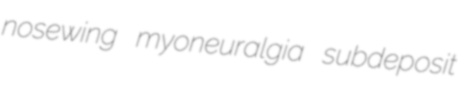
nosewing myoneuralgia subdeposit